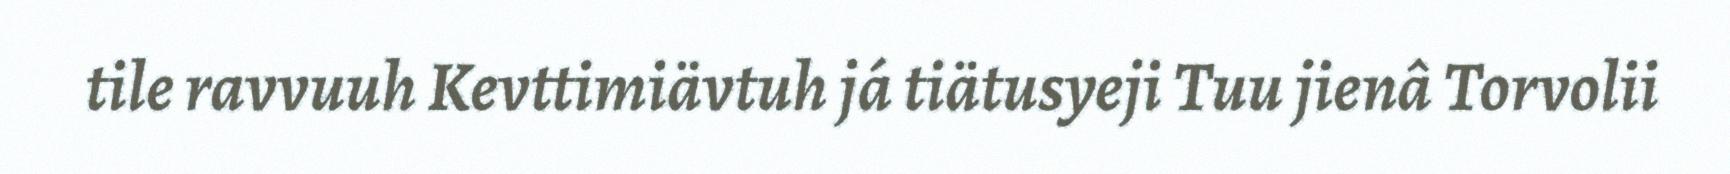
tile ravvuuh Kevttimiävtuh já tiätusyeji Tuu jienâ Torvolii